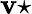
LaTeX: \textbf{v}\star